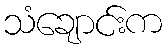
သံချောင်းက